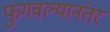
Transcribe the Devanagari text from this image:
फुगवल्यानंतर